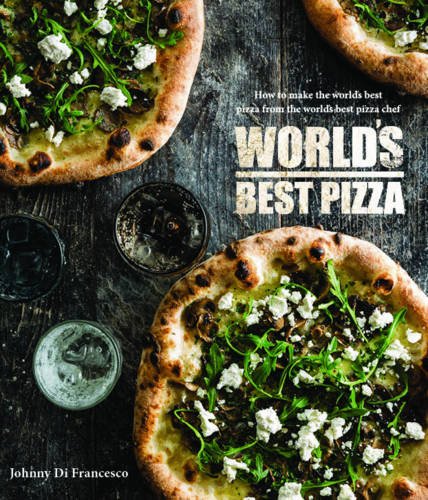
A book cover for World's Best Pizza; Johnny Di Francesco; Cookbooks, Food & Wine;